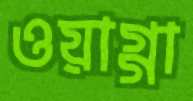
ওয়াগ্গা